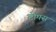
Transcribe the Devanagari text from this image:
टोफ्स